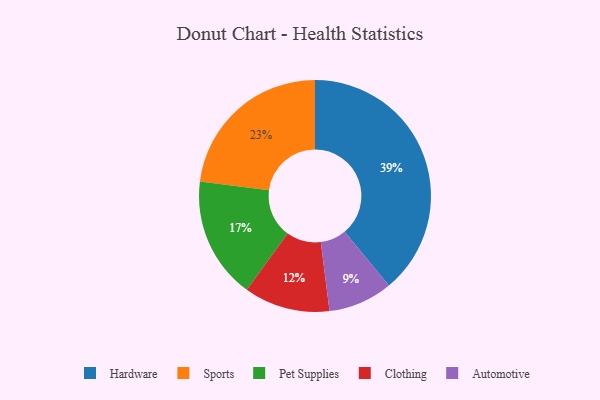
{"axis": {"x": "Category", "y": "Percentage"}, "legend": ["Automotive", "Clothing", "Hardware", "Pet Supplies", "Sports"], "data": [{"x": "Pet Supplies", "y": 17, "type": "Pet Supplies"}, {"x": "Clothing", "y": 12, "type": "Clothing"}, {"x": "Automotive", "y": 9, "type": "Automotive"}, {"x": "Hardware", "y": 39, "type": "Hardware"}, {"x": "Sports", "y": 23, "type": "Sports"}]}